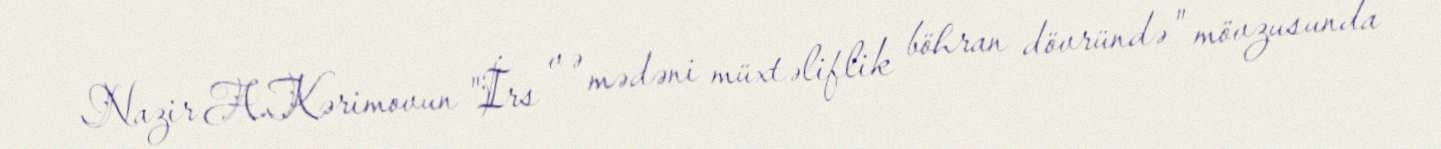
Nazir A.Kərimovun "İrs və mədəni müxtəliflik böhran dövründə" mövzusunda